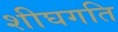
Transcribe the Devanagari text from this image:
शीघगति